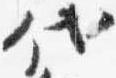
代